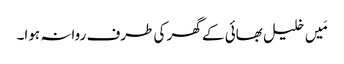
مَیں خلیل بھائی کے گھر کی طرف روانہ ہوا۔